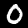
Label: 0